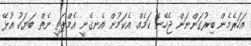
އަހަރެމެން ބިރުގަންނަން ޖެހޭނެ ކަމެއް. އެކަމުން އެނގެނީ އެމްޕަތީ ނެތް ބަޔަކު އުޅޭ